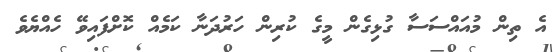
އެ ތިން މުއައްސަސާ ގުޅިގެން މީގެ ކުރިން ހަރުދަނާ ކަމެއް ކޮށްފައިވޭ ހެއްޔެވެ